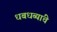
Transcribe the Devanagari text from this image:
धबधब्यांचे